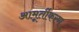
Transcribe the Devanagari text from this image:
आमूर्तीकरण